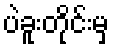
ပဲခူးတိုင်းမှ